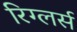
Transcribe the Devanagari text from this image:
रिग्लर्स